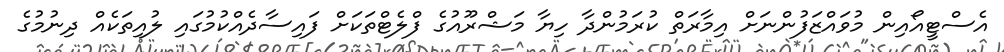
އެސްޓީއޯއިން މުވައްޒަފުންނަށް އިމާރަތް ކުރަމުންދާ ހިޔާ މަޝްރޫއުގެ ފްލެޓްތަކަށް ފައިސާދެއްކުމުގައި ލުއިތަކެއް ދިނުމުގެ